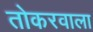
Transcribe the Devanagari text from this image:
तोकरवाला